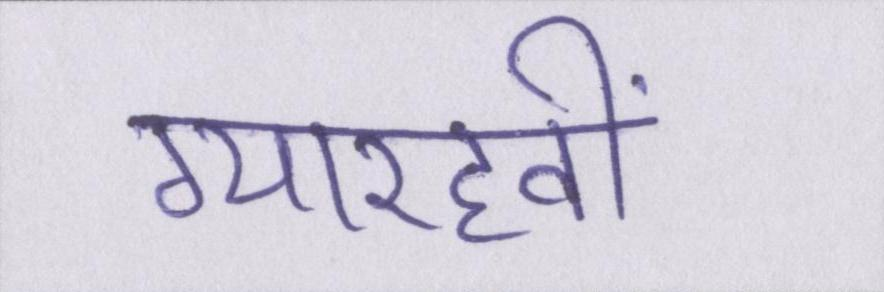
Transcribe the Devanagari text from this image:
ग्यारहवीं